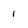
Character: 1